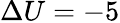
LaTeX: \Delta U=-5